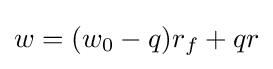
w=(w_{0}-q)r_{f}+qr